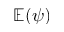
\mathbb E ( \psi )